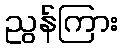
ညွန်ကြား